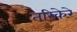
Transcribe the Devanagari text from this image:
तरिकेरे